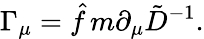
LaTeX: \Gamma_{\mu}=\hat{f}\, m\partial_{\mu}\tilde{D}^{-1}.